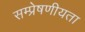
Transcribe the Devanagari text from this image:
सम्प्रेषणीयता